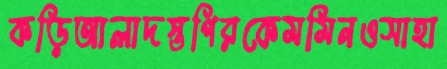
কড়িআলাদস্তগিরকেমমিনওসাহা